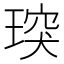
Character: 㻠